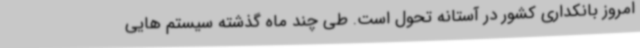
امروز بانکداری کشور در آستانه تحول است. طی چند ماه گذشته سیستم هایی